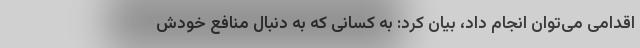
اقدامى مى‌توان انجام داد، بیان کرد: به کسانی که به دنبال منافع خودش